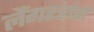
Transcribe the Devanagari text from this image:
लैंगरहांस